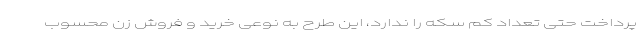
پرداخت حتی تعداد کم سکه را ندارد، این طرح به نوعی خرید و فروش زن محسوب